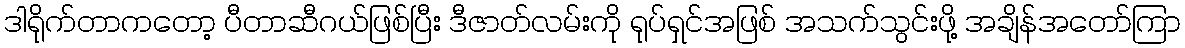
ဒါရိုက်တာကတော့ ပီတာဆီဂယ်ဖြစ်ပြီး ဒီဇာတ်လမ်းကို ရုပ်ရှင်အဖြစ် အသက်သွင်းဖို့ အချိန်အတော်ကြာ